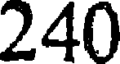
240